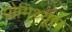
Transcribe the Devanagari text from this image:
प्रोमिथ्यूस